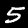
Digit: 5